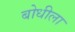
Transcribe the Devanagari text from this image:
बोधीला